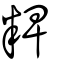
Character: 粺